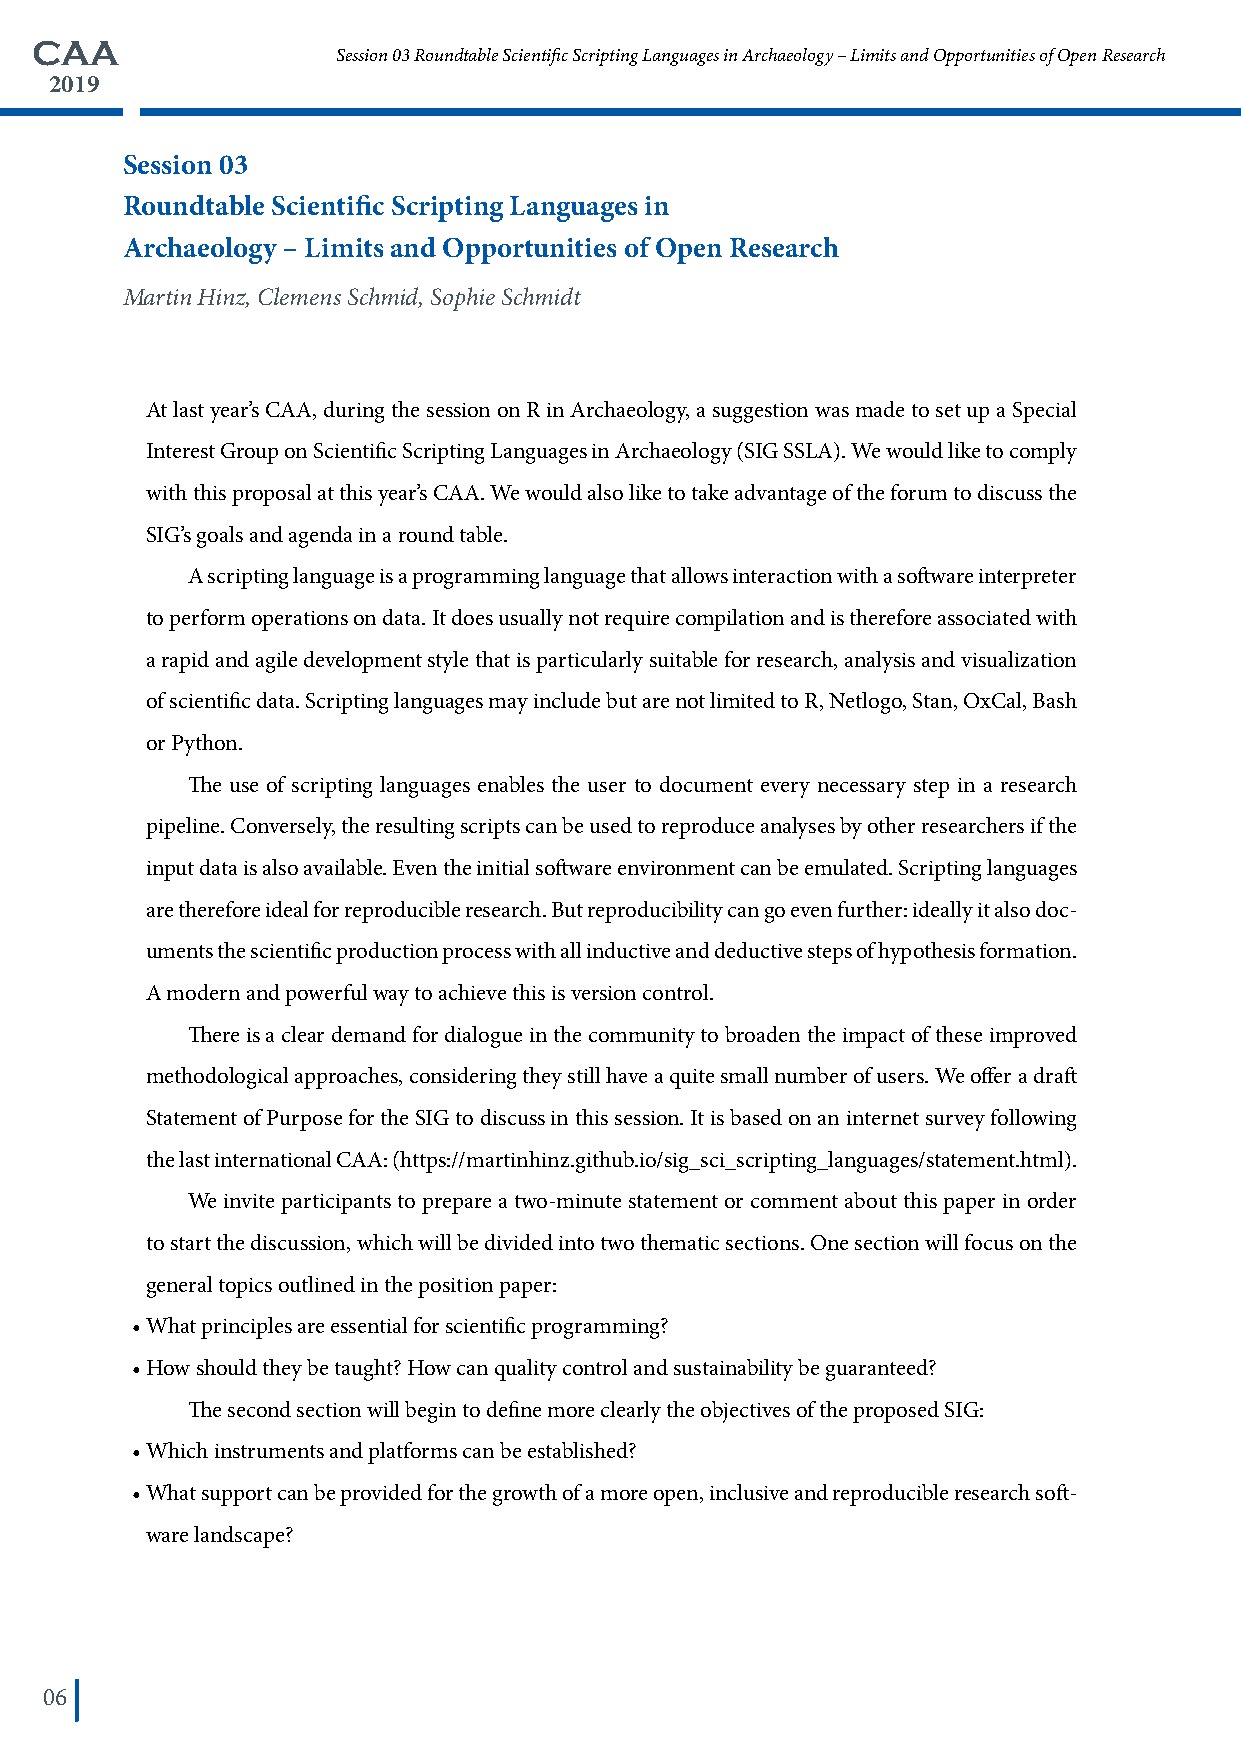
CAA
 Session 03 Roundtable Scientific Scripting Languages in Archaeology – Limits and Opportunities of Open Research
 2019
 Session 03
 Roundtable Scientific Scripting Languages in
 Archaeology – Limits and Opportunities of Open Research
 Martin Hinz, Clemens Schmid, Sophie Schmidt
 At last year’s CAA, during the session on R in Archaeology, a suggestion was made to set up a Special
 Interest Group on Scientific Scripting Languages in Archaeology (SIG SSLA). We would like to comply
 with this proposal at this year’s CAA. We would also like to take advantage of the forum to discuss the
 SIG’s goals and agenda in a round table.
 A scripting language is a programming language that allows interaction with a software interpreter
 to perform operations on data. It does usually not require compilation and is therefore associated with
 a rapid and agile development style that is particularly suitable for research, analysis and visualization
 of scientific data. Scripting languages may include but are not limited to R, Netlogo, Stan, OxCal, Bash
 or Python.
 The use of scripting languages enables the user to document every necessary step in a research
 pipeline. Conversely, the resulting scripts can be used to reproduce analyses by other researchers if the
 input data is also available. Even the initial software environment can be emulated. Scripting languages
 are therefore ideal for reproducible research. But reproducibility can go even further: ideally it also doc-
 uments the scientific production process with all inductive and deductive steps of hypothesis formation.
 A modern and powerful way to achieve this is version control.
 There is a clear demand for dialogue in the community to broaden the impact of these improved
 methodological approaches, considering they still have a quite small number of users. We offer a draft
 Statement of Purpose for the SIG to discuss in this session. It is based on an internet survey following
 the last international CAA: (https://martinhinz.github.io/sig_sci_scripting_languages/statement.html).
 We invite participants to prepare a two-minute statement or comment about this paper in order
 to start the discussion, which will be divided into two thematic sections. One section will focus on the
 general topics outlined in the position paper:
 • What principles are essential for scientific programming?
 • How should they be taught? How can quality control and sustainability be guaranteed?
 The second section will begin to define more clearly the objectives of the proposed SIG:
 • Which instruments and platforms can be established?
 • What support can be provided for the growth of a more open, inclusive and reproducible research soft-
 ware landscape?
 06